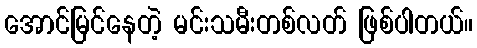
အောင်မြင်နေတဲ့ မင်းသမီးတစ်လတ် ဖြစ်ပါတယ်။